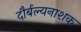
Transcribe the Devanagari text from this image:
दौर्बल्यनाशक